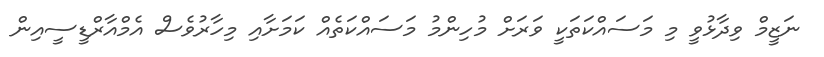
ނަޒީމް ވިދާޅުވީ މި މަސައްކަތަކީ ވަރަށް މުހިންމު މަސައްކަތެއް ކަމަށާއި މިހާރުވެސް އެމްއާރްޑީސީއިން